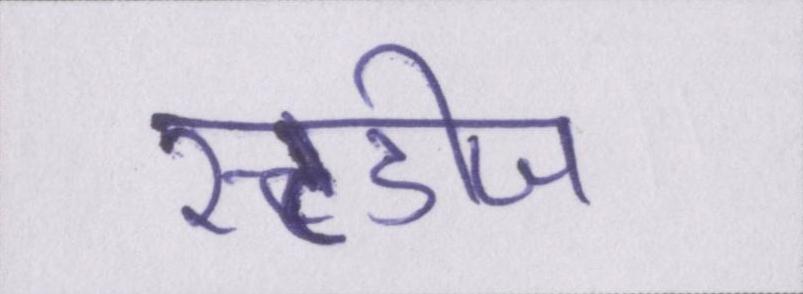
स्टडीज